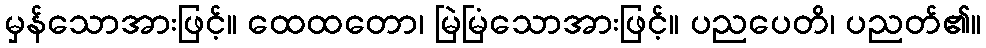
မှန်သောအားဖြင့်။ ထေထတော၊ မြဲမြံသောအားဖြင့်။ ပညပေတိ၊ ပညတ်၏။